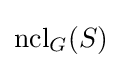
\operatorname {ncl} _{G}(S)